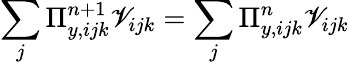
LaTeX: \sum_{j}\Pi_{y,ijk}^{n+1}\mathscr{V}_{ijk}=\sum_{j}\Pi_{y,ijk}^{n}\mathscr{V}_{ijk}